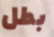
بطل